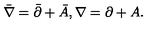
\bar { \nabla } = \bar { \partial } + \bar { A } , \nabla = \partial + A .